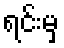
ရင်းမှ